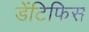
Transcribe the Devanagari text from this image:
डेंटिफिस